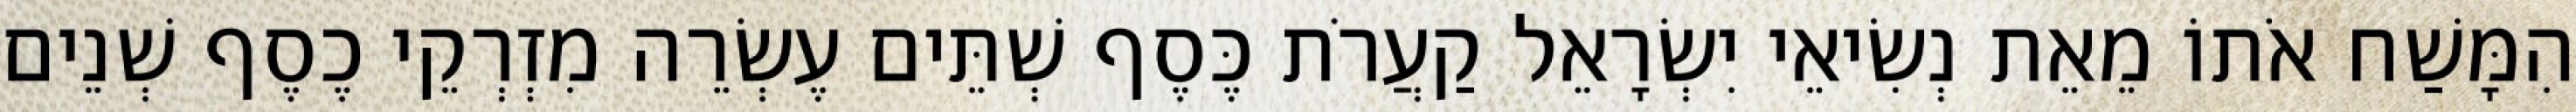
הִמָּשַׁח אֹתוֹ מֵאֵת נְשִׂיאֵי יִשְׂרָאֵל קַעֲרֹת כֶּסֶף שְׁתֵּים עֶשְׂרֵה מִזְרְקֵי כֶסֶף שְׁנֵים